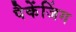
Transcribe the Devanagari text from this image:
पैकेंजिंग